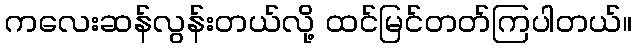
ကလေးဆန်လွန်းတယ်လို့ ထင်မြင်တတ်ကြပါတယ်။